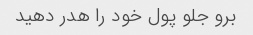
برو جلو پول خود را هدر دهید